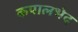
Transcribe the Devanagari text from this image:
कपालभेद